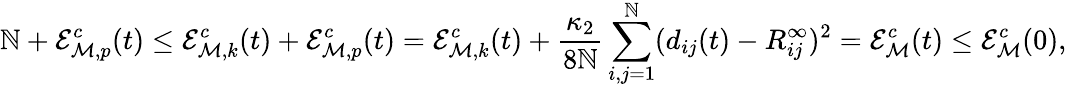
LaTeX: \mathbb{N}+\mathcal{{E}}_{{\mathcal{M}},p}^{c}(t)\leq\mathcal{{E}}_{{\mathcal{M}},k}^{c}(t)+\mathcal{{E}}_{{\mathcal{M}},p}^{c}(t)=\mathcal{{E}}_{{\mathcal{M}},k}^{c}(t)+\frac{{\kappa_{2}}}{{8\mathbb{N}}}\sum_{i,j=1}^{\mathbb{N}}(d_{ij}(t)-R_{ij}^{\infty})^{2}={\mathcal{E}}_{\mathcal{M}}^{c}(t)\leq\mathcal{{E}}_{{\mathcal{M}}}^{c}(0),